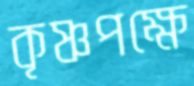
কৃষ্ণপক্ষে